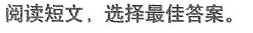
阅读短文,选择最佳答案.